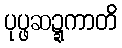
ပုပ္ဖဆဍ္ဍကာတိ